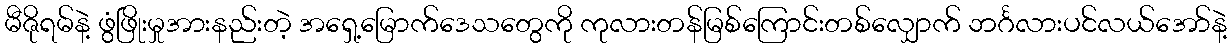
မီဇိုရမ်နဲ့ ဖွံဖြိုးမှုအားနည်းတဲ့ အရှေ့မြောက်ဒေသတွေကို ကုလားတန်မြစ်ကြောင်းတစ်လျှောက် ဘင်္ဂလားပင်လယ်အော်နဲ့